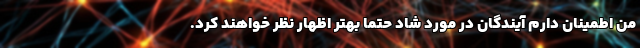
من اطمینان دارم آیندگان در مورد شاد حتما بهتر اظهار نظر خواهند کرد.